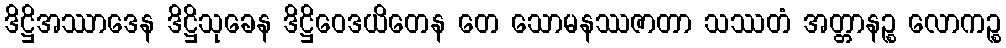
ဒိဋ္ဌိအဿာဒေန ဒိဋ္ဌိသုခေန ဒိဋ္ဌိဝေဒယိတေန တေ သောမနဿဇာတာ သဿတံ အတ္တာနဉ္စ လောကဉ္စ